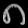
Digit: ၈